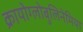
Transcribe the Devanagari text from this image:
क्रायोग्लोबुलिनेमिया